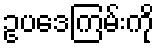
ဥပဒေကြမ်းကို